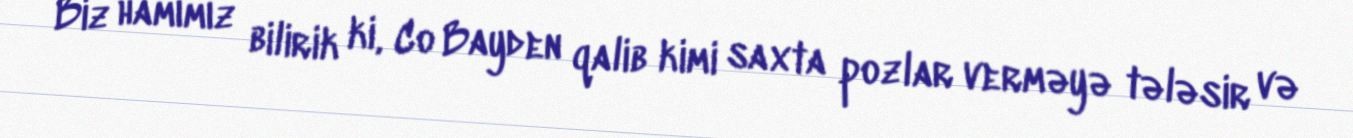
Biz hamımız bilirik ki, Co Bayden qalib kimi saxta pozlar verməyə tələsir və